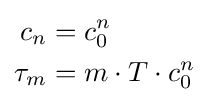
{\begin{aligned}c_{n}&=c_{0}^{n}\\\tau _{m}&=m\cdot T\cdot c_{0}^{n}\end{aligned}}